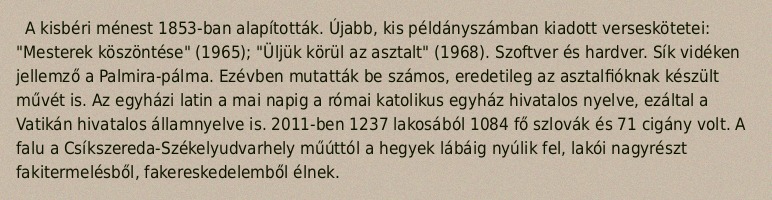
A kisbéri ménest 1853-ban alapították. Újabb, kis példányszámban kiadott verseskötetei: "Mesterek köszöntése" (1965); "Üljük körül az asztalt" (1968). Szoftver és hardver. Sík vidéken jellemző a Palmira-pálma. Ezévben mutatták be számos, eredetileg az asztalfióknak készült művét is. Az egyházi latin a mai napig a római katolikus egyház hivatalos nyelve, ezáltal a Vatikán hivatalos államnyelve is. 2011-ben 1237 lakosából 1084 fő szlovák és 71 cigány volt. A falu a Csíkszereda-Székelyudvarhely műúttól a hegyek lábáig nyúlik fel, lakói nagyrészt fakitermelésből, fakereskedelemből élnek.